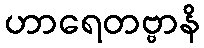
ဟာရေတဗ္ဗာနိ